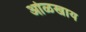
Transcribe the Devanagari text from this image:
ओळखाय